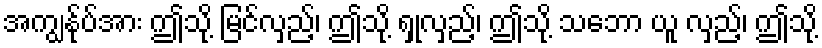
အကျွန်ုပ်အား ဤသို့ မြင်လှည့်၊ ဤသို့ ရှုလှည့်၊ ဤသို့ သဘော ယူ လှည့်၊ ဤသို့